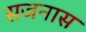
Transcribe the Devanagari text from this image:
सजनास